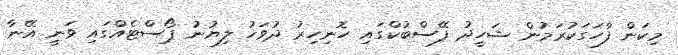
މިކަން ފާހަގަކުރަމުން ޝަހީދު ފޭސްބުކްގައި ހޮނިހިރު ދުވަހު ލިޔުނު ޕޯސްޓެއްގައި ވަނީ އޭނާ